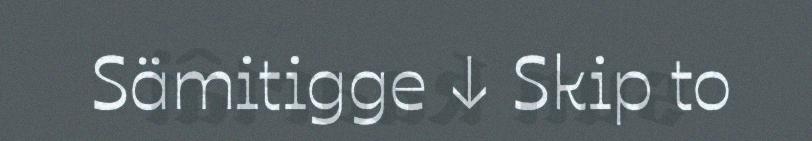
Sämitigge ↓ Skip to